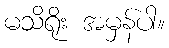
မသိရိုး အမှန်ပါ။